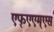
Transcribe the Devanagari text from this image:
एफ्‌एएम्‌एस